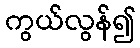
ကွယ်လွန်၍